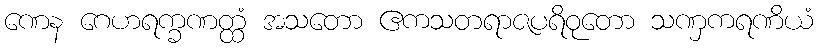
ဏေန ဂေဟရက္ခဏတ္ထံ အသတော ဧကသတရာဇပရိဝုတော သဏှကရဏိယံ